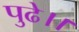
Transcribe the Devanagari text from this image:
पुढे।।